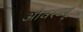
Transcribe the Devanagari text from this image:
ओवरव्यू